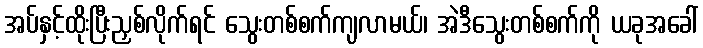
အပ်နှင့်ထိုးပြီးညှစ်လိုက်ရင် သွေးတစ်စက်ကျလာမယ်၊ အဲဒီသွေးတစ်စက်ကို ယခုအခေါ်